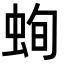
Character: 䖲